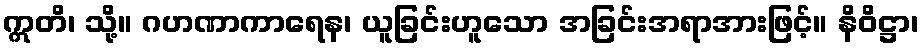
ဣတိ၊ သို့။ ဂဟဏာကာရေန၊ ယူခြင်းဟူသော အခြင်းအရာအားဖြင့်။ နိဝိဋ္ဌာ၊